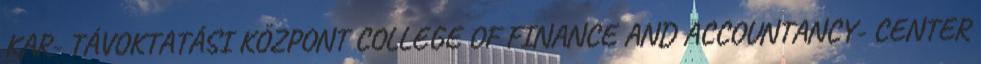
KAR- TÁVOKTATÁSI KÖZPONT COLLEGE OF FINANCE AND ACCOUNTANCY- CENTER